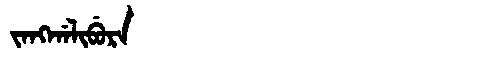
Manchu: ᠵᠠᠩᡤᠠᠯᡳᠪᡠᡵᠠ
Romanization: JANGGALIBURA